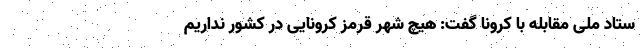
ستاد ملی مقابله با کرونا گفت: هیچ شهر قرمز کرونایی در کشور نداریم